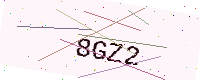
Text: 8GZ2